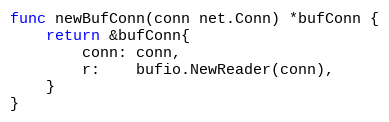
Language: Go
func newBufConn(conn net.Conn) *bufConn {
	return &bufConn{
		conn: conn,
		r:    bufio.NewReader(conn),
	}
}